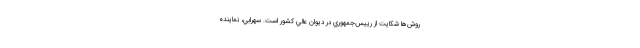
روش‌ها شكايت از رييس‌جمهوري در ديوان عالي كشور است. سهرابي، نماينده